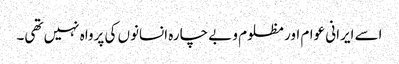
اسے ایرانی عوام اور مظلوم و بے چارہ انسانوں کی پرواہ نہیں تھی۔